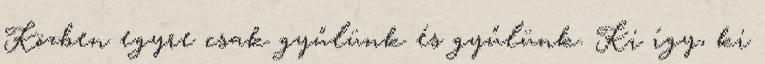
Közben egyre csak gyűlünk és gyűlünk. Ki így, ki